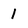
Character: 1